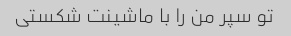
تو سپر من را با ماشینت شکستی